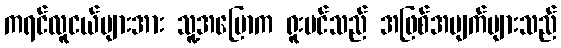
ကရင်လူငယ်များအား သူ့အပြောက ရူးဗင်သည် အဖြစ်အပျက်များသည်